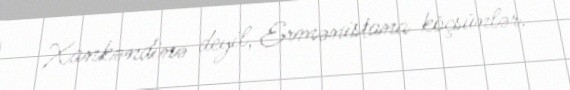
Xankəndinə deyil, Ermənistana köçsünlər.